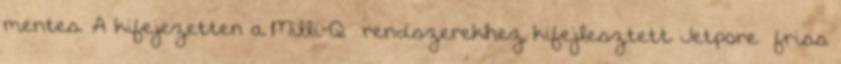
mentes. A kifejezetten a Milli-Q® rendszerekhez kifejlesztett Jetpore® friss